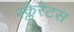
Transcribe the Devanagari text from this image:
स्क्लेरेटस